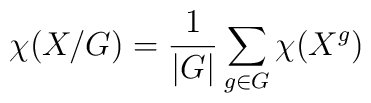
\chi (X/G) = \frac{1}{|G|}\sum_{g\in G} \chi (X^{g})